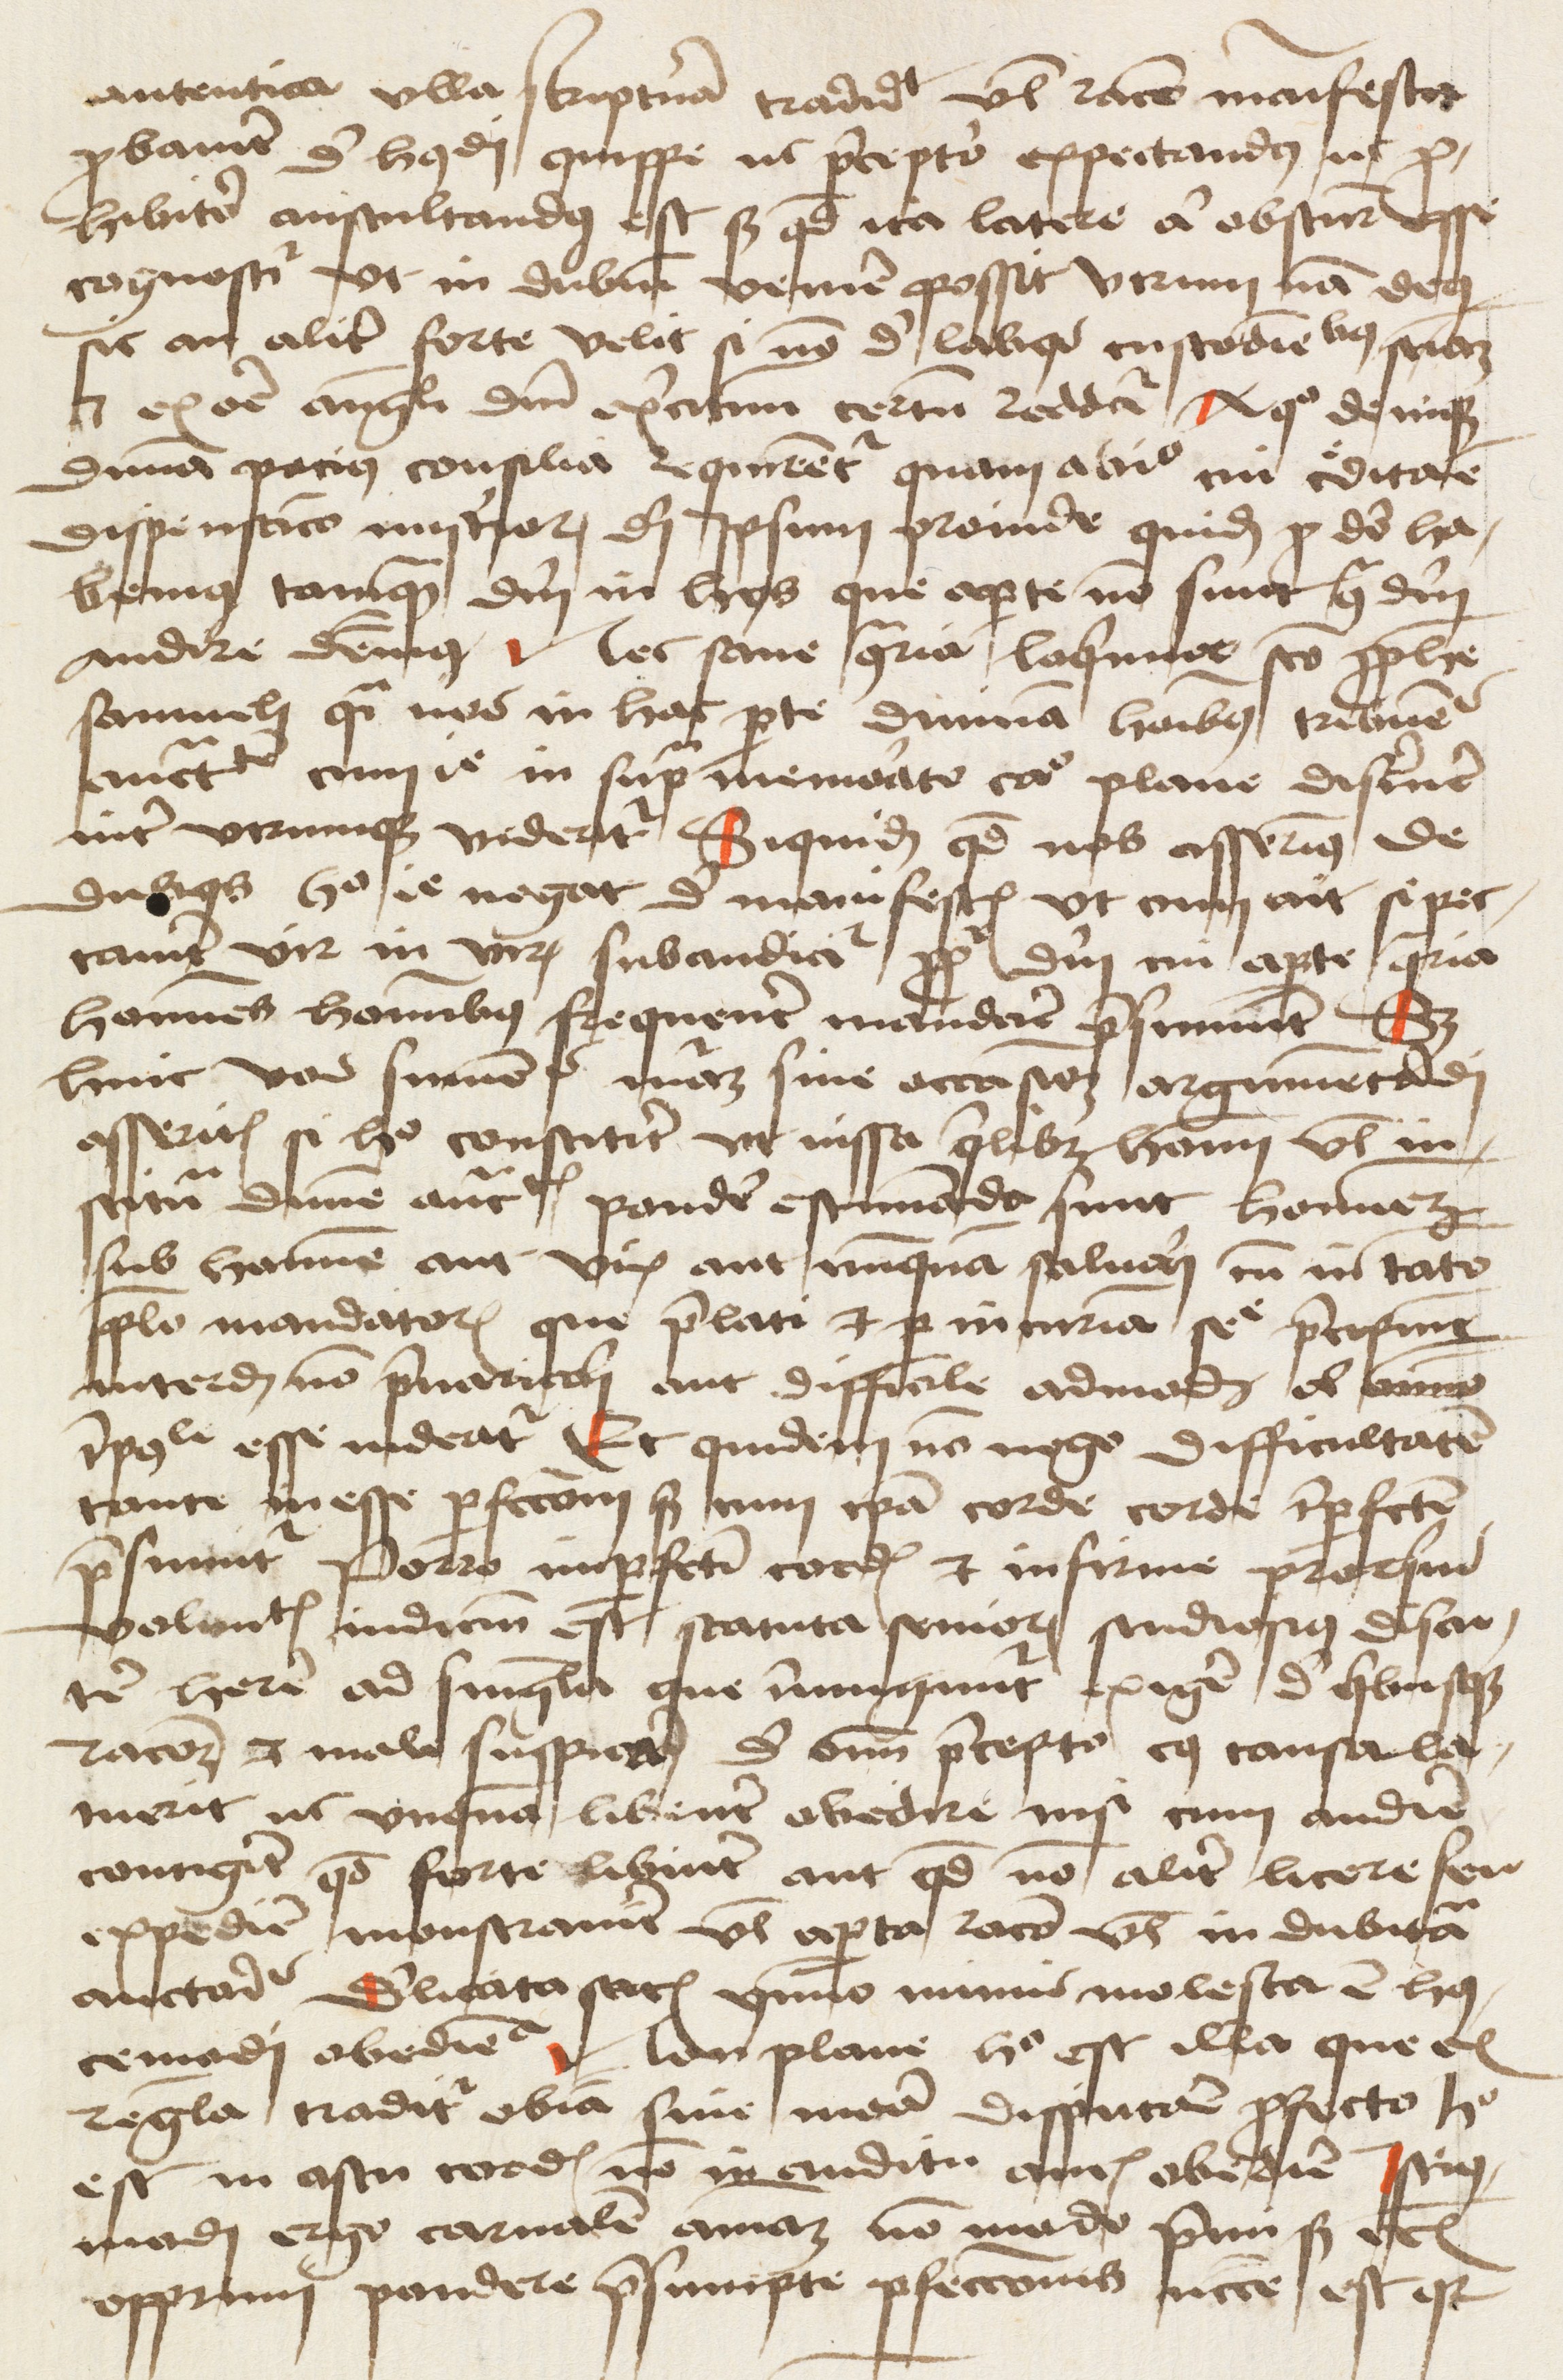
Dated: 1475–1499